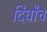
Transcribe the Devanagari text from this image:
दिघौच